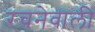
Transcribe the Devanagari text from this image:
रचनेवाली